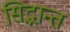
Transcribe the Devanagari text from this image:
सिद्भान्त